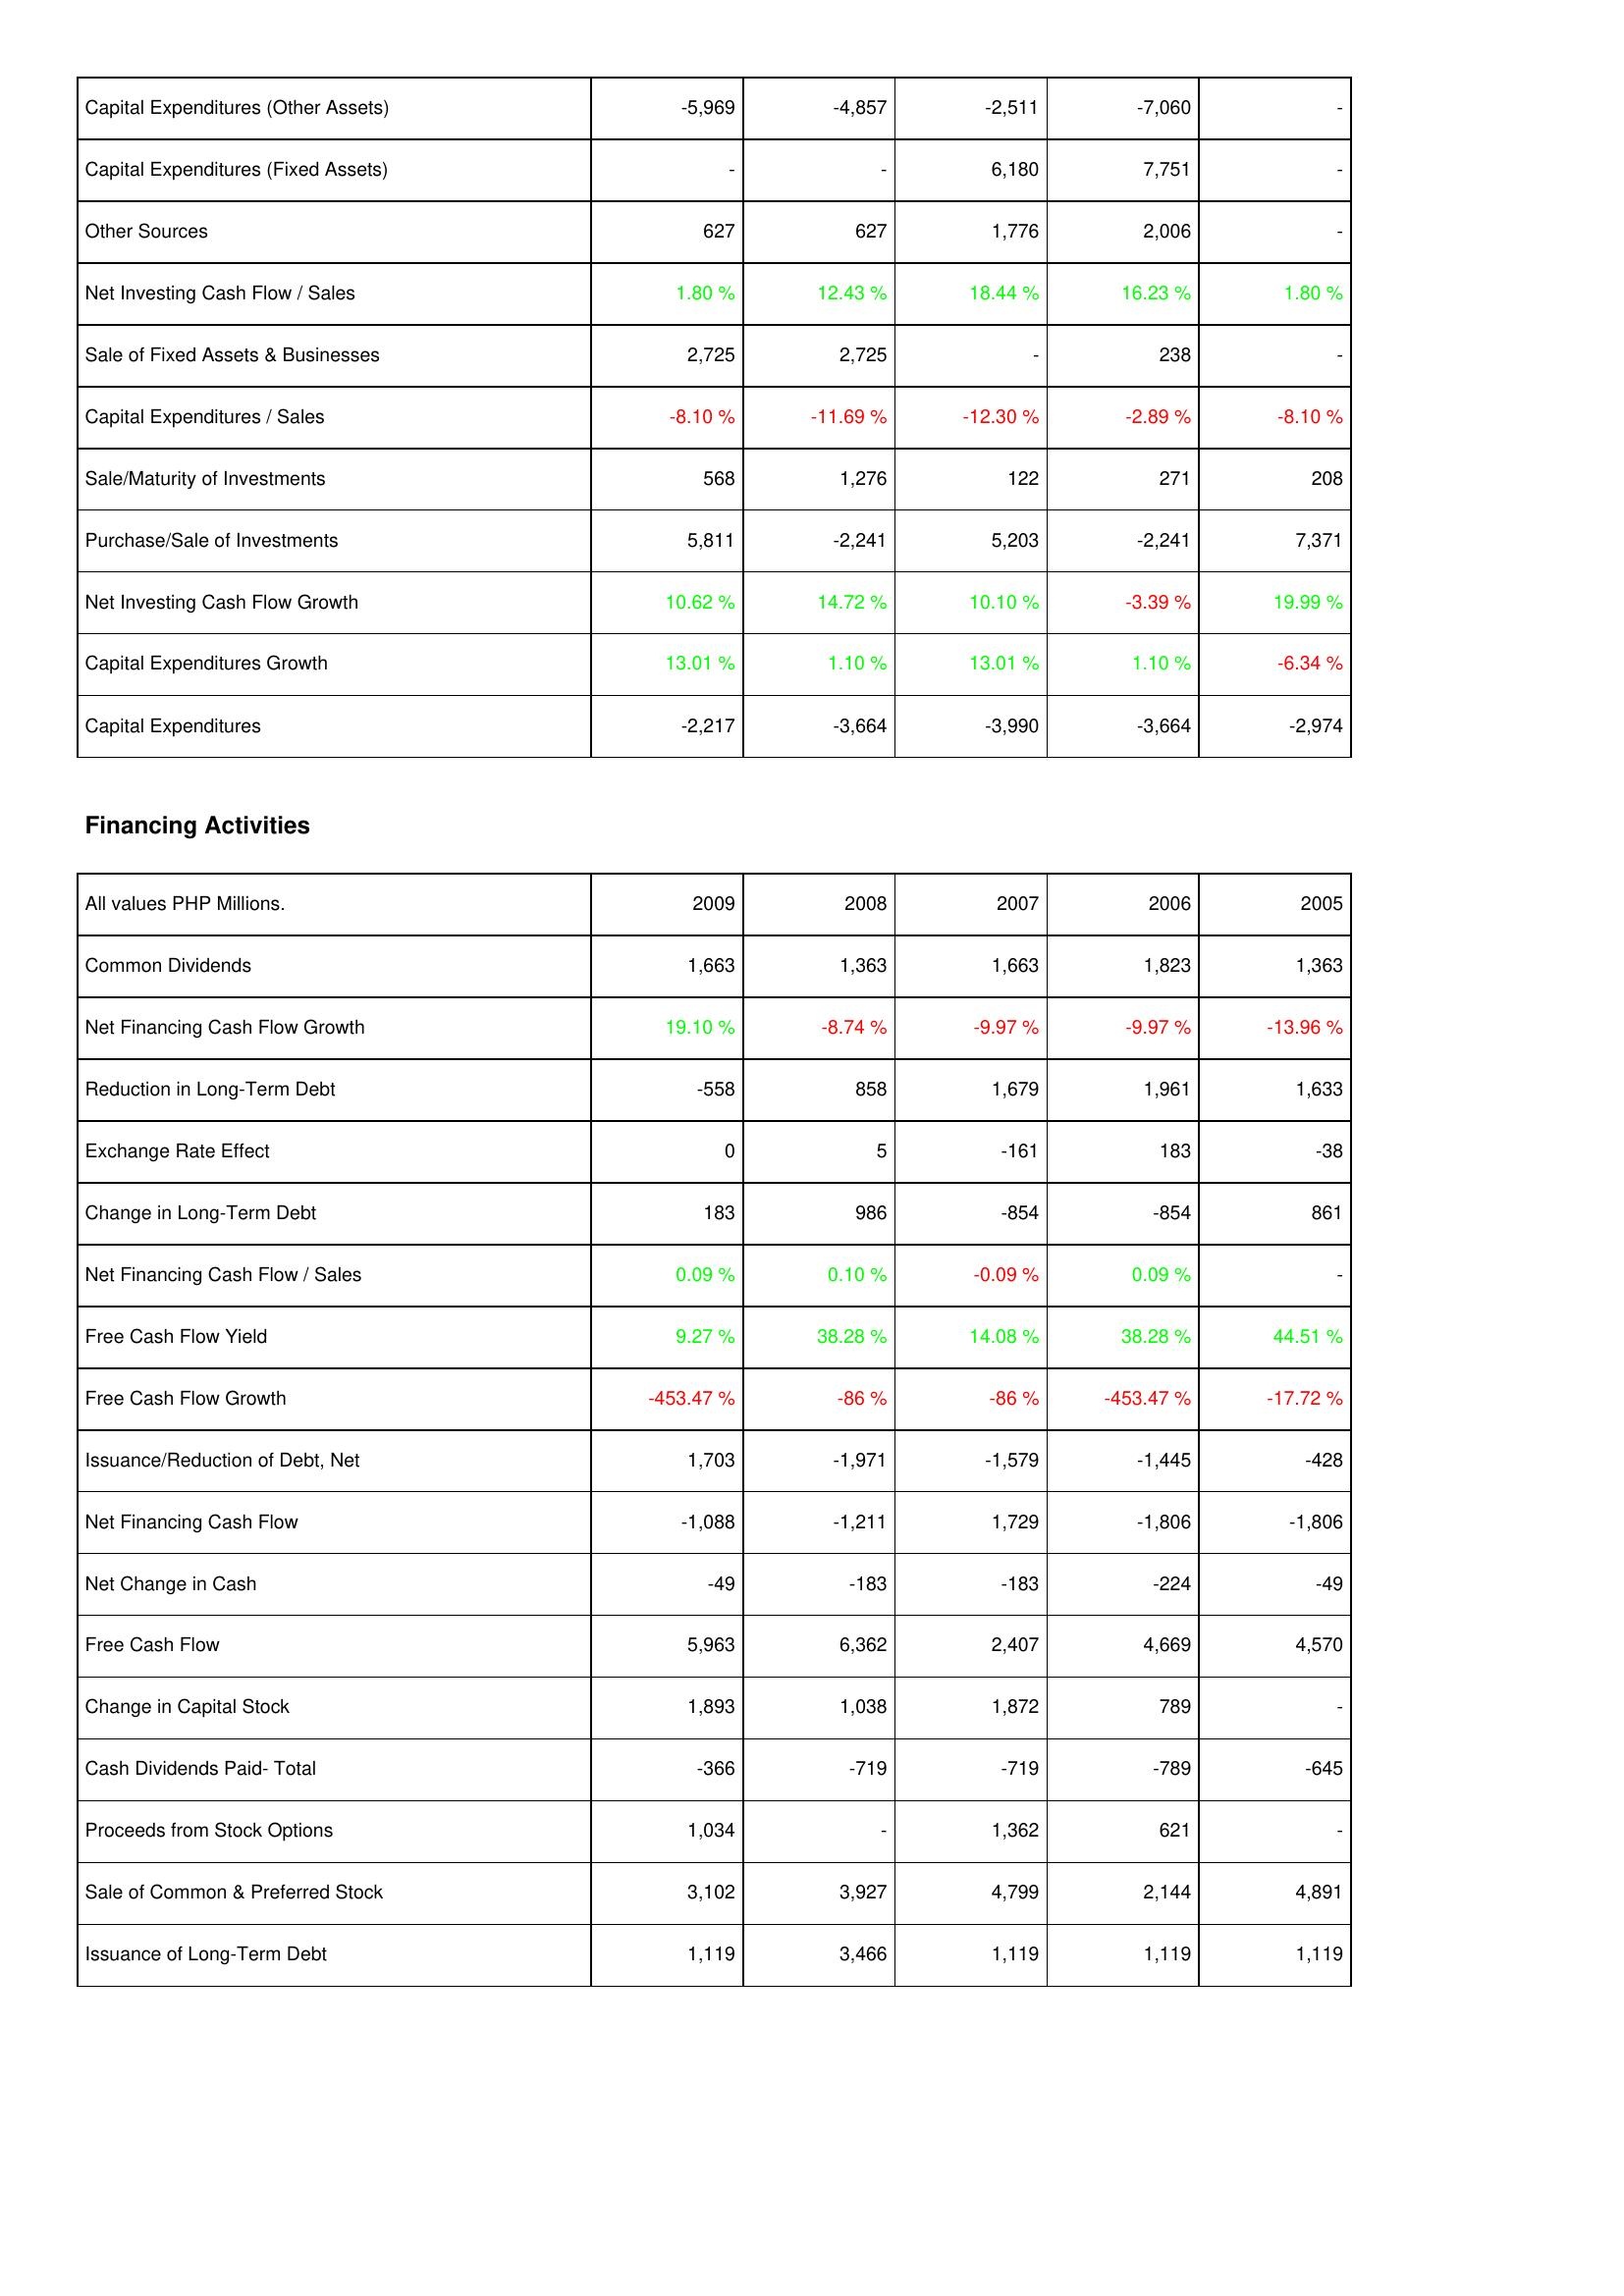
2009: Investing Activities: Capital Expenditures (Other Assets): -5,969
Capital Expenditures (Fixed Assets): -
Other Sources: 627
Net Investing Cash Flow / Sales: 1.80 %
Sale of Fixed Assets & Businesses: 2,725
Capital Expenditures / Sales: -8.10 %
Sale/Maturity of Investments: 568
Purchase/Sale of Investments: 5,811
Net Investing Cash Flow Growth: 10.62 %
Capital Expenditures Growth: 13.01 %
Capital Expenditures: -2,217
Financing Activities: Common Dividends: 1,663
Net Financing Cash Flow Growth: 19.10 %
Reduction in Long-Term Debt: -558
Exchange Rate Effect: 0
Change in Long-Term Debt: 183
Net Financing Cash Flow / Sales: 0.09 %
Free Cash Flow Yield: 9.27 %
Free Cash Flow Growth: -453.47 %
Issuance/Reduction of Debt, Net: 1,703
Net Financing Cash Flow: -1,088
Net Change in Cash: -49
Free Cash Flow: 5,963
Change in Capital Stock: 1,893
Cash Dividends Paid- Total: -366
Proceeds from Stock Options: 1,034
Sale of Common & Preferred Stock: 3,102
Issuance of Long-Term Debt: 1,119
2008: Investing Activities: Capital Expenditures (Other Assets): -4,857
Capital Expenditures (Fixed Assets): -
Other Sources: 627
Net Investing Cash Flow / Sales: 12.43 %
Sale of Fixed Assets & Businesses: 2,725
Capital Expenditures / Sales: -11.69 %
Sale/Maturity of Investments: 1,276
Purchase/Sale of Investments: -2,241
Net Investing Cash Flow Growth: 14.72 %
Capital Expenditures Growth: 1.10 %
Capital Expenditures: -3,664
Financing Activities: Common Dividends: 1,363
Net Financing Cash Flow Growth: -8.74 %
Reduction in Long-Term Debt: 858
Exchange Rate Effect: 5
Change in Long-Term Debt: 986
Net Financing Cash Flow / Sales: 0.10 %
Free Cash Flow Yield: 38.28 %
Free Cash Flow Growth: -86 %
Issuance/Reduction of Debt, Net: -1,971
Net Financing Cash Flow: -1,211
Net Change in Cash: -183
Free Cash Flow: 6,362
Change in Capital Stock: 1,038
Cash Dividends Paid- Total: -719
Proceeds from Stock Options: -
Sale of Common & Preferred Stock: 3,927
Issuance of Long-Term Debt: 3,466
2007: Investing Activities: Capital Expenditures (Other Assets): -2,511
Capital Expenditures (Fixed Assets): 6,180
Other Sources: 1,776
Net Investing Cash Flow / Sales: 18.44 %
Sale of Fixed Assets & Businesses: -
Capital Expenditures / Sales: -12.30 %
Sale/Maturity of Investments: 122
Purchase/Sale of Investments: 5,203
Net Investing Cash Flow Growth: 10.10 %
Capital Expenditures Growth: 13.01 %
Capital Expenditures: -3,990
Financing Activities: Common Dividends: 1,663
Net Financing Cash Flow Growth: -9.97 %
Reduction in Long-Term Debt: 1,679
Exchange Rate Effect: -161
Change in Long-Term Debt: -854
Net Financing Cash Flow / Sales: -0.09 %
Free Cash Flow Yield: 14.08 %
Free Cash Flow Growth: -86 %
Issuance/Reduction of Debt, Net: -1,579
Net Financing Cash Flow: 1,729
Net Change in Cash: -183
Free Cash Flow: 2,407
Change in Capital Stock: 1,872
Cash Dividends Paid- Total: -719
Proceeds from Stock Options: 1,362
Sale of Common & Preferred Stock: 4,799
Issuance of Long-Term Debt: 1,119
2006: Investing Activities: Capital Expenditures (Other Assets): -7,060
Capital Expenditures (Fixed Assets): 7,751
Other Sources: 2,006
Net Investing Cash Flow / Sales: 16.23 %
Sale of Fixed Assets & Businesses: 238
Capital Expenditures / Sales: -2.89 %
Sale/Maturity of Investments: 271
Purchase/Sale of Investments: -2,241
Net Investing Cash Flow Growth: -3.39 %
Capital Expenditures Growth: 1.10 %
Capital Expenditures: -3,664
Financing Activities: Common Dividends: 1,823
Net Financing Cash Flow Growth: -9.97 %
Reduction in Long-Term Debt: 1,961
Exchange Rate Effect: 183
Change in Long-Term Debt: -854
Net Financing Cash Flow / Sales: 0.09 %
Free Cash Flow Yield: 38.28 %
Free Cash Flow Growth: -453.47 %
Issuance/Reduction of Debt, Net: -1,445
Net Financing Cash Flow: -1,806
Net Change in Cash: -224
Free Cash Flow: 4,669
Change in Capital Stock: 789
Cash Dividends Paid- Total: -789
Proceeds from Stock Options: 621
Sale of Common & Preferred Stock: 2,144
Issuance of Long-Term Debt: 1,119
2005: Investing Activities: Capital Expenditures (Other Assets): -
Capital Expenditures (Fixed Assets): -
Other Sources: -
Net Investing Cash Flow / Sales: 1.80 %
Sale of Fixed Assets & Businesses: -
Capital Expenditures / Sales: -8.10 %
Sale/Maturity of Investments: 208
Purchase/Sale of Investments: 7,371
Net Investing Cash Flow Growth: 19.99 %
Capital Expenditures Growth: -6.34 %
Capital Expenditures: -2,974
Financing Activities: Common Dividends: 1,363
Net Financing Cash Flow Growth: -13.96 %
Reduction in Long-Term Debt: 1,633
Exchange Rate Effect: -38
Change in Long-Term Debt: 861
Net Financing Cash Flow / Sales: -
Free Cash Flow Yield: 44.51 %
Free Cash Flow Growth: -17.72 %
Issuance/Reduction of Debt, Net: -428
Net Financing Cash Flow: -1,806
Net Change in Cash: -49
Free Cash Flow: 4,570
Change in Capital Stock: -
Cash Dividends Paid- Total: -645
Proceeds from Stock Options: -
Sale of Common & Preferred Stock: 4,891
Issuance of Long-Term Debt: 1,119